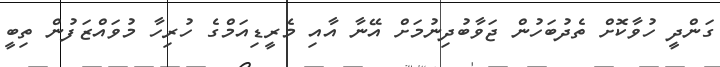
ގަންދީ ހުވާކޮށް ތެދުބަހުން ޖަވާބުދިނުމަށް އޭނާ އާއި މެރީޑިއަމްގެ ހުރިހާ މުވައްޒަފުން ތިބީ